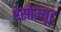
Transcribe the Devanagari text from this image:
रेसोल्यूट